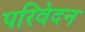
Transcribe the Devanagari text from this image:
परिवेदन